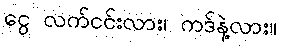
ငွေ လက်ငင်းလား၊ ကဒ်နဲ့လား။